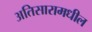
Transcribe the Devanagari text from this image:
अतिसारामधील